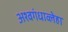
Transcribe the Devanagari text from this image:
अश्वगंधाव्लेहा